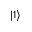
\vert { 1 } \rangle